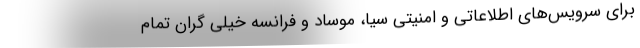
برای سرویس‌های اطلاعاتی و امنیتی سیا، موساد و فرانسه خیلی گران تمام